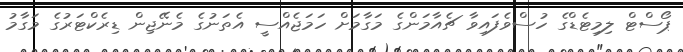
ޕޯސްޓް ލިމިޓެޑްގެ ހުސްވެފައިވާ ޗެއާމަންގެ މަގާމަށް ހަމަޖެއްސީ އެތަނުގެ މެނޭޖިން ޑިރެކްޓަރުގެ މަގާމު